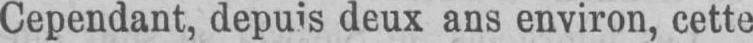
Cependant, depuis deux ans environ, cette